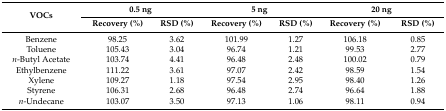
<table><thead><tr><td rowspan="2"><b>VOCs</b></td><td colspan="2"><b>0.5 ng</b></td><td colspan="2"><b>5 ng</b></td><td colspan="2"><b>20 ng</b></td></tr><tr><td><b>Recovery (%)</b></td><td><b>RSD (%)</b></td><td><b>Recovery (%)</b></td><td><b>RSD (%)</b></td><td><b>Recovery (%)</b></td><td><b>RSD (%)</b></td></tr></thead><tbody><tr><td>Benzene</td><td>98.25</td><td>3.62</td><td>101.99</td><td>1.27</td><td>106.18</td><td>0.85</td></tr><tr><td>Toluene</td><td>105.43</td><td>3.04</td><td>96.74</td><td>1.21</td><td>99.53</td><td>2.77</td></tr><tr><td><i>n</i>-Butyl Acetate</td><td>103.74</td><td>4.41</td><td>96.48</td><td>2.48</td><td>100.02</td><td>0.79</td></tr><tr><td>Ethylbenzene</td><td>111.22</td><td>3.61</td><td>97.07</td><td>2.42</td><td>98.59</td><td>1.54</td></tr><tr><td>Xylene</td><td>109.27</td><td>1.18</td><td>97.54</td><td>2.95</td><td>98.40</td><td>1.26</td></tr><tr><td>Styrene</td><td>106.31</td><td>2.68</td><td>96.48</td><td>2.74</td><td>96.64</td><td>1.88</td></tr><tr><td><i>n</i>-Undecane</td><td>103.07</td><td>3.50</td><td>97.13</td><td>1.06</td><td>98.11</td><td>0.94</td></tr></tbody></table>